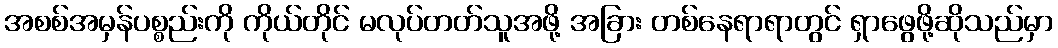
အစစ်အမှန်ပစ္စည်းကို ကိုယ်တိုင် မလုပ်တတ်သူအဖို့ အခြား တစ်နေရာရာတွင် ရှာဖွေဖို့ဆိုသည်မှာ